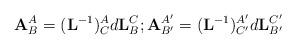
LaTeX: \begin{align*}\mathbf{A}_{B}^{A}=(\mathbf{L}^{-1})_{C}^{A}d\mathbf{L}_{B}^{C};\text{}\mathbf{A}_{B^{\prime}}^{A^{\prime}}=(\mathbf{L}^{-1})_{C^{\prime}}^{A^{\prime}}d\mathbf{L}_{B^{\prime}}^{C^{\prime}}\end{align*}